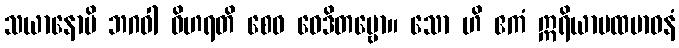
သယာနောပိ ဘဂဝါ ဝိဟရတိ စေဝ ဝေဒိတဗ္ဗော။ သော ဟိ ဧကံ ဣရိယာပထဗာဓနံ